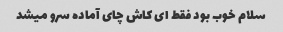
سلام خوب بود فقط ای کاش چای آماده سرو میشد